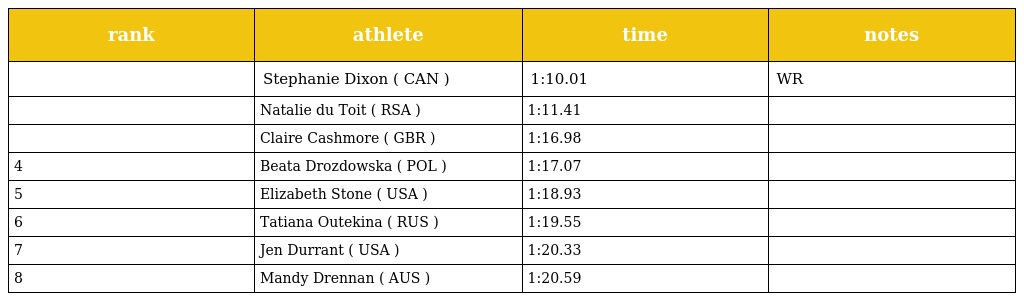
| rank | athlete | time | notes |
 | --- | --- | --- | --- |
 |  | Stephanie Dixon ( CAN ) | 1:10.01 | WR |
 |  | Natalie du Toit ( RSA ) | 1:11.41 |  |
 |  | Claire Cashmore ( GBR ) | 1:16.98 |  |
 | 4 | Beata Drozdowska ( POL ) | 1:17.07 |  |
 | 5 | Elizabeth Stone ( USA ) | 1:18.93 |  |
 | 6 | Tatiana Outekina ( RUS ) | 1:19.55 |  |
 | 7 | Jen Durrant ( USA ) | 1:20.33 |  |
 | 8 | Mandy Drennan ( AUS ) | 1:20.59 |  |